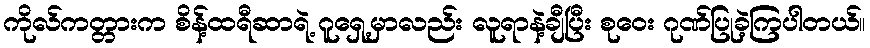
ကိုလ်ကတ္တားက စိန့်ထရီဆာရဲ့ ဂူရှေ့မှာလည်း လူရာနဲ့ချီပြီး စုဝေး ဂုဏ်ပြုခဲ့ကြပါတယ်။